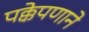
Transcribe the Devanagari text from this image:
पक्केपणाने